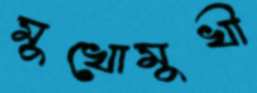
মুখোমুখী